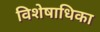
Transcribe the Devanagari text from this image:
विशेषाधिका